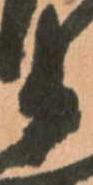
衛